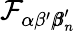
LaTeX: \mathcal{F}_{\alpha\beta^{\prime}{\pmb\beta}_{n}^{\prime}}